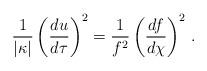
LaTeX: \begin{align*}{1\over \vert\kappa\vert}\left({du\over d\tau}\right)^2= {1\over f^2}\left({df\over d\chi}\right)^2 \,.\end{align*}